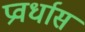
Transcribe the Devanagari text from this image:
प्रवर्धास